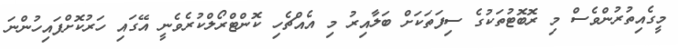
މީގެއިތުރުންވެސް މި ރޮބޮޓުތަކުގެ ސިފަތަކަށް ބަލާއިރު މި އެއްޗެހި ކޮންޓްރޯލްކުރެވެނީ އޭގައި ހަރުކޮށްފައިހުންނަ